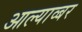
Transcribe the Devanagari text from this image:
आल्याव्बर